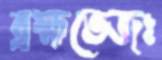
ব্রহ্মতেজঃ